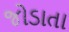
જોડાતા